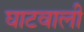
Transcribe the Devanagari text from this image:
घाटवाली